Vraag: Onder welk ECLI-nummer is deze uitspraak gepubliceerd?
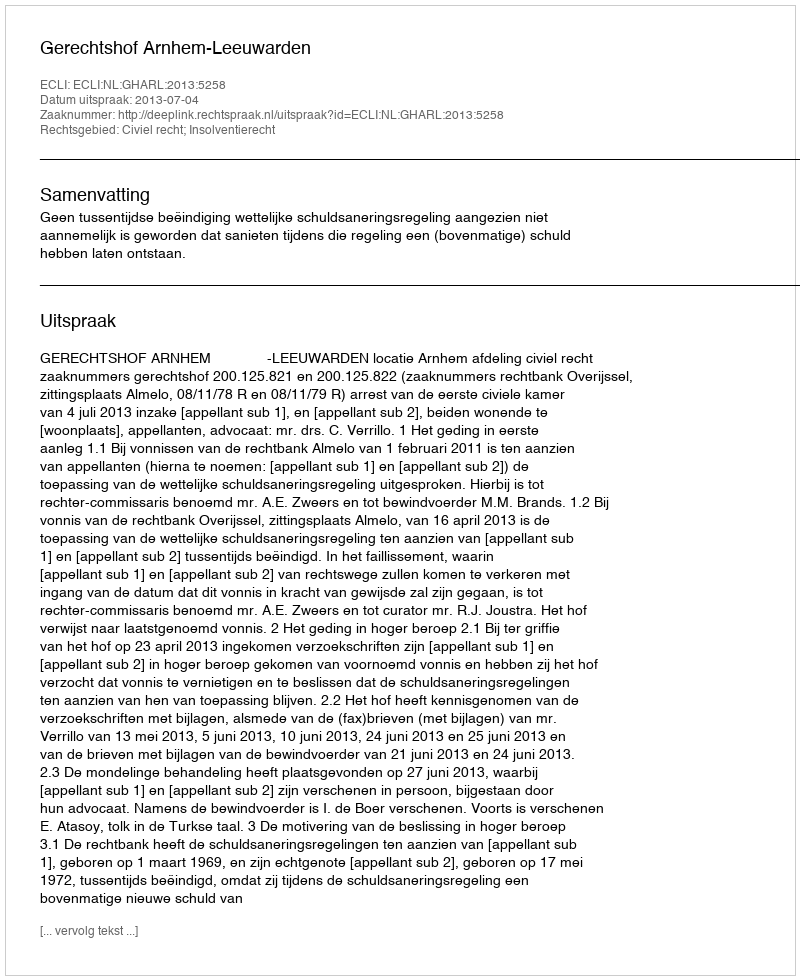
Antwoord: ECLI:NL:GHARL:2013:5258